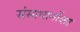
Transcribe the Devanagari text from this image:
संसाधानोंका